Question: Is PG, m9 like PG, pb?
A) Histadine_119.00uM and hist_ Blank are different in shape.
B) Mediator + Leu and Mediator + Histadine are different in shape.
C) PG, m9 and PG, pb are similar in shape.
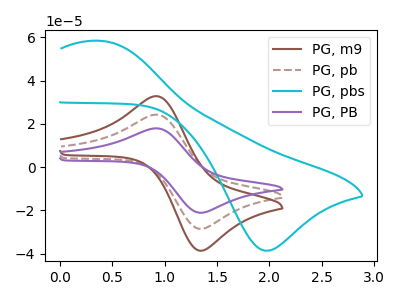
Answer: <think>The brown curve "PG, m9" has an anodic peak at (0.90V, 32.80uA) and a cathodic peak at (1.30V, -38.50uA). The brown dashed curve "PG, pb" has an anodic peak at (0.90V, 24.25uA) and a cathodic peak at (1.30V, -28.45uA). The cyan curve "PG, pbs" has an anodic peak at (0.40V, 58.35uA) and a cathodic peak at (1.95V, -38.70uA). The purple curve "PG, PB" has an anodic peak at (0.90V, 48.50uA) and a cathodic peak at (1.30V, -56.90uA).
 All the peaks in "PG, m9" have a peak in "PG, pb" at the same potential. Every peak in "PG, m9" is higher than every peak in "PG, pb".</think>
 <answer>C) "PG, m9" and "PG, pb" are similar in shape.</answer>
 <eval>C</eval>